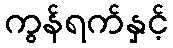
ကွန်ရက်နှင့်